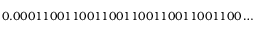
0 . 0 0 0 1 1 0 0 1 1 0 0 1 1 0 0 1 1 0 0 1 1 0 0 1 1 0 0 1 1 0 0 \ldots